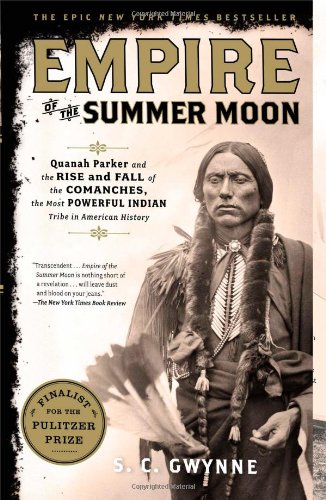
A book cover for Empire of the Summer Moon: Quanah Parker and the Rise and Fall of the Comanches, the Most Powerful Indian Tribe in American History; S. C. Gwynne; Biographies & Memoirs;